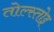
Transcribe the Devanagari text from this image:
तोल्स्तोइ